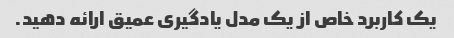
یک کاربرد خاص از یک مدل یادگیری عمیق ارائه دهید.